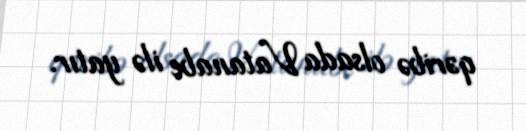
qəribə olsada Vatanabe ilə yatır.